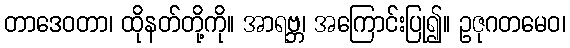
တာဒေဝတာ၊ ထိုနတ်တို့ကို။ အာရဗ္ဘ၊ အကြောင်းပြု၍။ ဥဇုဂတမေဝ၊